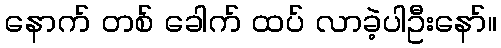
နောက် တစ် ခေါက် ထပ် လာခဲ့ပါဦးနော်။